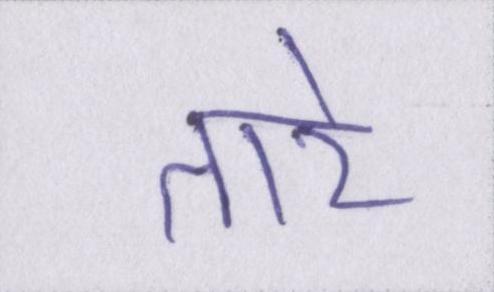
तारे